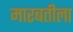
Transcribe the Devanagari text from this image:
मारबतीला